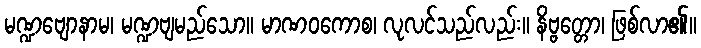
မဏ္ဍဗျောနာမ၊ မဏ္ဍဗျမည်သော။ မာဏဝကောစ၊ လုလင်သည်လည်း။ နိဗ္ဗတ္တော၊ ဖြစ်လာ၏။